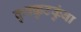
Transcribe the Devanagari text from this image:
कुक्क्कुटकुंबा